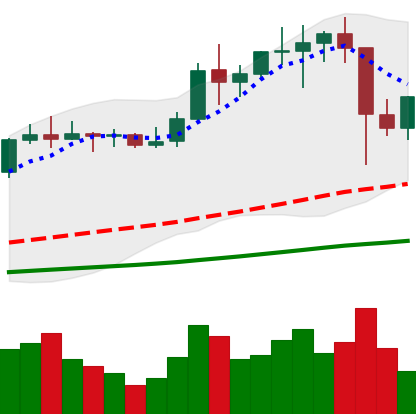
Ticker: LTC-USD
Chart end date: 2021-01-13
Forward return: 3.204%
Label: up_3_5